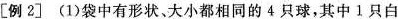
[例2](1)袋中有形状、大小都相同的4只球，其中1只白